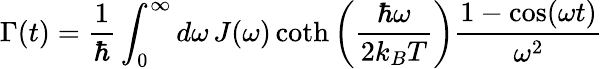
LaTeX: \Gamma(t)=\frac{1}{\hbar}\int_{0}^{\infty}d\omega\, J(\omega)\coth\left(\frac{\hbar\omega}{2k_{B}T}\right)\frac{1-\cos(\omega t)}{\omega^{2}}